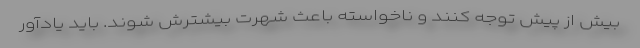
بیش از پیش توجه کنند و ناخواسته باعث شهرت بیشترش شوند. باید یادآور